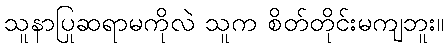
သူနာပြုဆရာမကိုလဲ သူက စိတ်တိုင်းမကျဘူး။